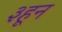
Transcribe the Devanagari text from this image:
३हून